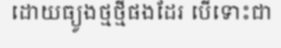
ដោយធ្យូងថ្មថ្មីផងដែរ បើទោះជា